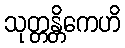
သုတ္တန္တိကေဟိ